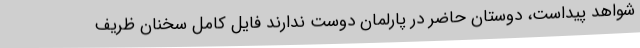
شواهد پیداست، دوستان حاضر در پارلمان دوست ندارند فایل کامل سخنان ظریف